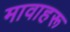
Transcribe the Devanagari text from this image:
मावाहरू